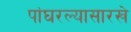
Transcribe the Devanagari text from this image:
पांघरल्यासारखे